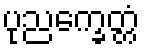
ပုညက္ခေတ္တံ